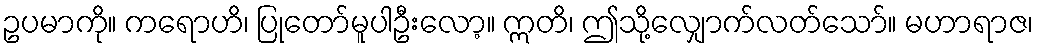
ဥပမာကို။ ကရောဟိ၊ ပြုတော်မူပါဦးလော့။ ဣတိ၊ ဤသို့လျှောက်လတ်သော်။ မဟာရာဇ၊